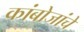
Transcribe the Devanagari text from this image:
कांबोजांचे